Regulations for the medical services of the Army of India
Year: 1930
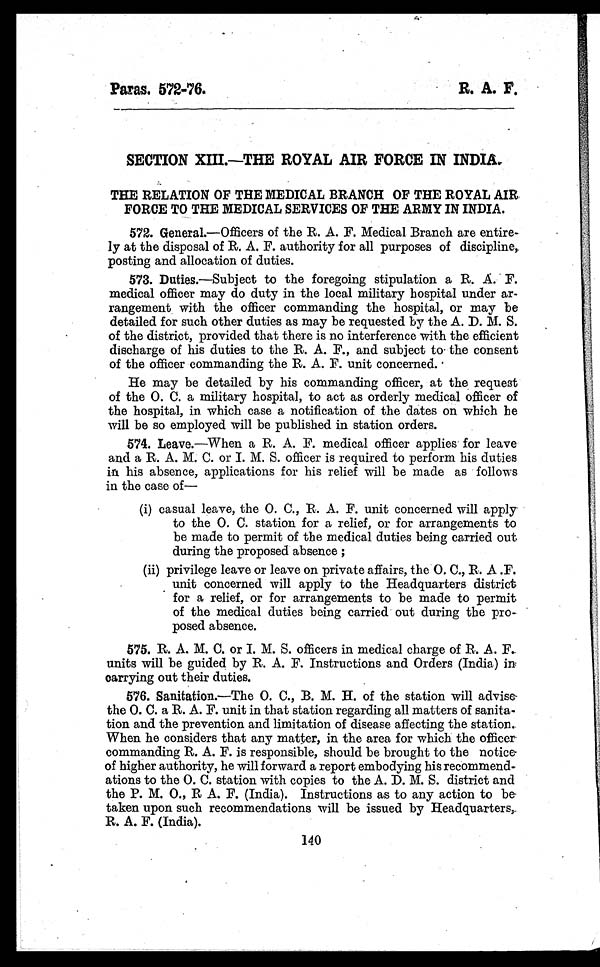
Paras. 572-76.
R. A. F.
SECTION XIII.—THE ROYAL AIR FORCE IN INDIA.
THE RELATION OF THE MEDICAL BRANCH OF THE ROYAL AIR
FORCE TO THE MEDICAL SERVICES OF THE ARMY IN INDIA.
572. General.—Officers of the R. A. F. Medical Branch are entire
-
ly at the disposal of R. A. F. authority for all purposes of discipline,
posting and allocation of duties.
573. Duties.—Subject to the foregoing stipulation a R. A. F.
medical officer may do duty in the local military hospital under ar-
rangement with the officer commanding the hospital, or may be
detailed for such other duties as may be requested by the A. D. M. S.
of the district, provided that there is no interference with the efficient
discharge of his duties to the R. A. F., and subject to the consent
of the officer commanding the R. A. F. unit concerned.
He may be detailed by his commanding officer, at the request
of the O. C. a military hospital, to act as orderly medical officer of
the hospital, in which case a notification of the dates on which he
will be so employed will be published in station orders.
574. Leave.—When a R. A. F. medical officer applies for leave
and a R. A. M. C. or I. M. S. officer is required to perform his duties
in his absence, applications for his relief will be made as follows
in the case of
—
(i) casual leave, the O. C., R. A. F. unit concerned will apply
to the O. C. station for a relief, or for arrangements to
be made to permit of the medical duties being carried out
during the proposed absence ;
(ii) privilege leave or leave on private affairs, the O. C., R. A .F.
unit concerned will apply to the Headquarters district
for a relief, or for arrangements to be made to permit
of the medical duties being carried out during the pro
-
posed absence.
575. R. A. M. C. or I. M. S. officers in medical charge of R. A. F.
units will be guided by R. A. F. Instructions and Orders (India) in
carrying out their duties.
576. Sanitation.—The O. C., B. M. H. of the station will advise-
the O. C. a R. A. F. unit in that station regarding all matters of sanita-
tion and the prevention and limitation of disease affecting the station.
When he considers that any matter, in the area for which the officer
commanding R. A. F. is responsible, should be brought to the notice
of higher authority, he will forward a report embodying his recommend-
ations to the O. C. station with copies to the A. D. M. S. district and
the P. M. O., R A. F. (India). Instructions as to any action to be
taken upon such recommendations will be issued by Headquarters,
R. A. F. (India).
140